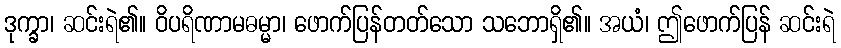
ဒုက္ခာ၊ ဆင်းရဲ၏။ ဝိပရိဏာမဓမ္မာ၊ ဖောက်ပြန်တတ်သော သဘောရှိ၏။ အယံ၊ ဤဖောက်ပြန် ဆင်းရဲ